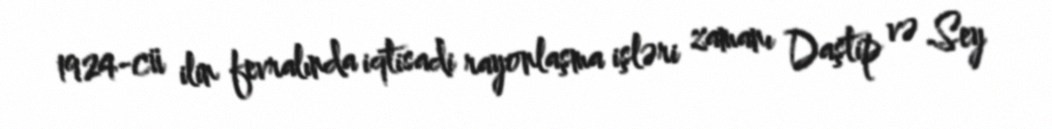
1924-cü ilin fevralında iqtisadi rayonlaşma işləri zamanı Daştip və Sey